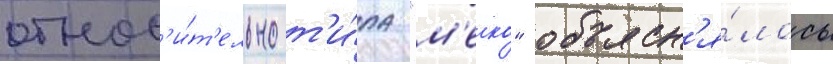
относ'и́т'ельно т'и́па "м'еко" объясн'я́лось